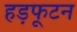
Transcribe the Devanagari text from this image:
हड़फूटन